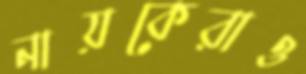
নায়কেরাও